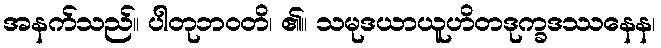
အနက်သည်။ ပါတုဘဝတိ၊ ၏။ သမုဒယာယူဟိတဒုက္ခဒဿနေန၊